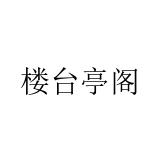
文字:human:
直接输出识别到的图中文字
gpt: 楼台亭阁